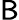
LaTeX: \textsf{B}